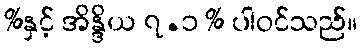
%နှင့် အိန္ဒိယ ၇.၁ % ပါဝင်သည်။